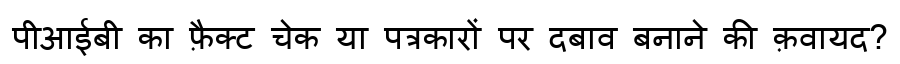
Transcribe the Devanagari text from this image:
पीआईबी का फ़ैक्ट चेक या पत्रकारों पर दबाव बनाने की क़वायद?